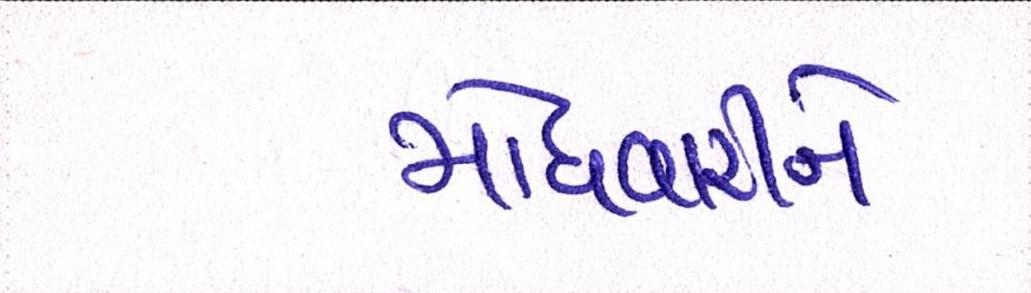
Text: મોંઘવારીને